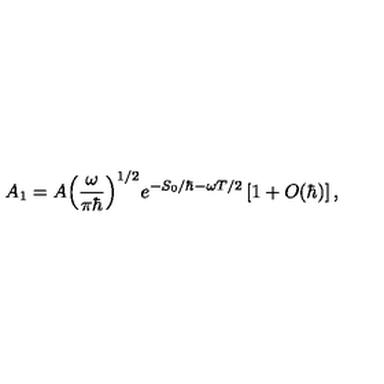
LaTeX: { A _ { 1 } } = A { { \left( { \frac { \omega } { \pi \hbar } } \right) } ^ { 1 / 2 } } { e ^ { - { S _ { 0 } } / \hbar - \omega T / 2 } } \left[ 1 + O ( \hbar ) \right] ,